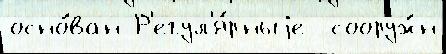
осно́ван Р'егул'я́рныjе  сооруж́н